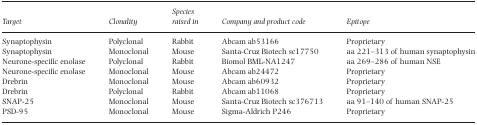
<table><thead><tr><td><b>Target</b></td><td><b>Clonality</b></td><td><b>Species raised in</b></td><td><b>Company and product code</b></td><td><b>Epitope</b></td></tr></thead><tbody><tr><td>Synaptophysin</td><td>Polyclonal</td><td>Rabbit</td><td>Abcam ab53166</td><td>Proprietary</td></tr><tr><td>Synaptophysin</td><td>Monoclonal</td><td>Mouse</td><td>Santa-Cruz Biotech sc17750</td><td>aa 221–313 of human synaptophysin</td></tr><tr><td>Neurone-specific enolase</td><td>Polyclonal</td><td>Rabbit</td><td>Biomol BML-NA1247</td><td>aa 269–286 of human NSE</td></tr><tr><td>Neurone-specific enolase</td><td>Monoclonal</td><td>Mouse</td><td>Abcam ab24472</td><td>Proprietary</td></tr><tr><td>Drebrin</td><td>Monoclonal</td><td>Mouse</td><td>Abcam ab60932</td><td>Proprietary</td></tr><tr><td>Drebrin</td><td>Polyclonal</td><td>Rabbit</td><td>Abcam ab11068</td><td>Proprietary</td></tr><tr><td>SNAP-25</td><td>Monoclonal</td><td>Mouse</td><td>Santa-Cruz Biotech sc376713</td><td>aa 91–140 of human SNAP-25</td></tr><tr><td>PSD-95</td><td>Monoclonal</td><td>Mouse</td><td>Sigma-Aldrich P246</td><td>Proprietary</td></tr></tbody></table>